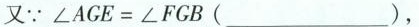
又∵$$∠ A G E = ∠ F G B ( ___ )$$，